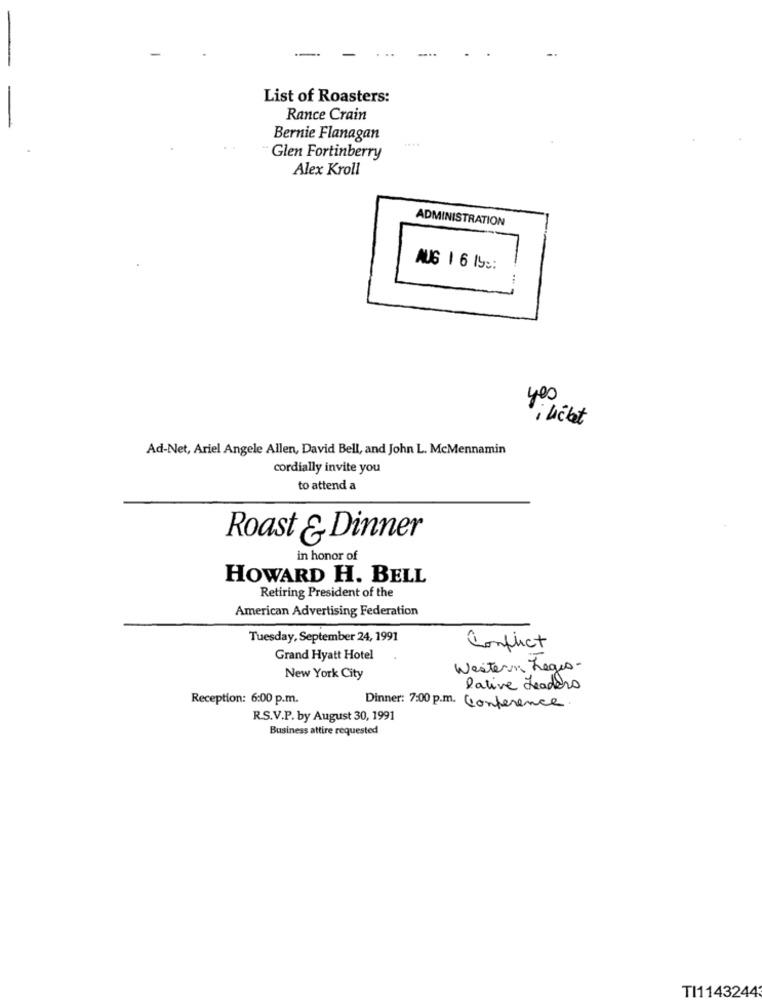
List of Roasters:
Rance Crain
Bernie Flanagan
Glen Fortinberry
Alex Kroll
ADMINISTRATION
AUG 1 6 lbs:
..
yes
i nicht
Ad-Net, Ariel Angele Allen, David Bell, and John L. McMennamin
cordially invite you
to attend a
Roast & Dinner
in honor of
HOWARD H. BELL
Retiring President of the
American Advertising Federation
Tuesday, September 24, 1991
Conflict
Grand Hyatt Hotel
Western Leges-
New York City
lative Leaders
Reception: 6:00 p.m.
Dinner: 7:00 p.m. Conference.
R.S.V.P. by August 30, 1991
Business attire requested
TI1143244